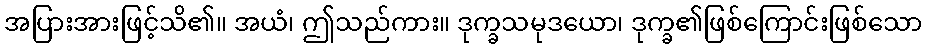
အပြားအားဖြင့်သိ၏။ အယံ၊ ဤသည်ကား။ ဒုက္ခသမုဒယော၊ ဒုက္ခ၏ဖြစ်ကြောင်းဖြစ်သော